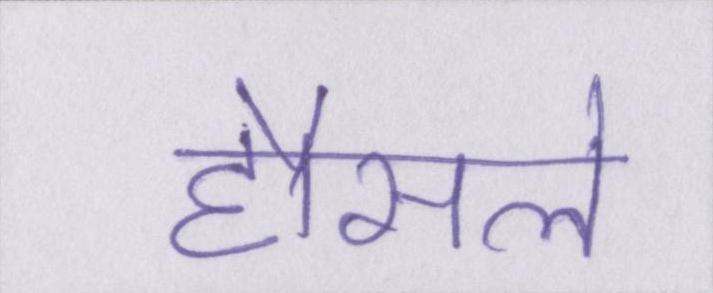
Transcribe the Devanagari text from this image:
हौसले